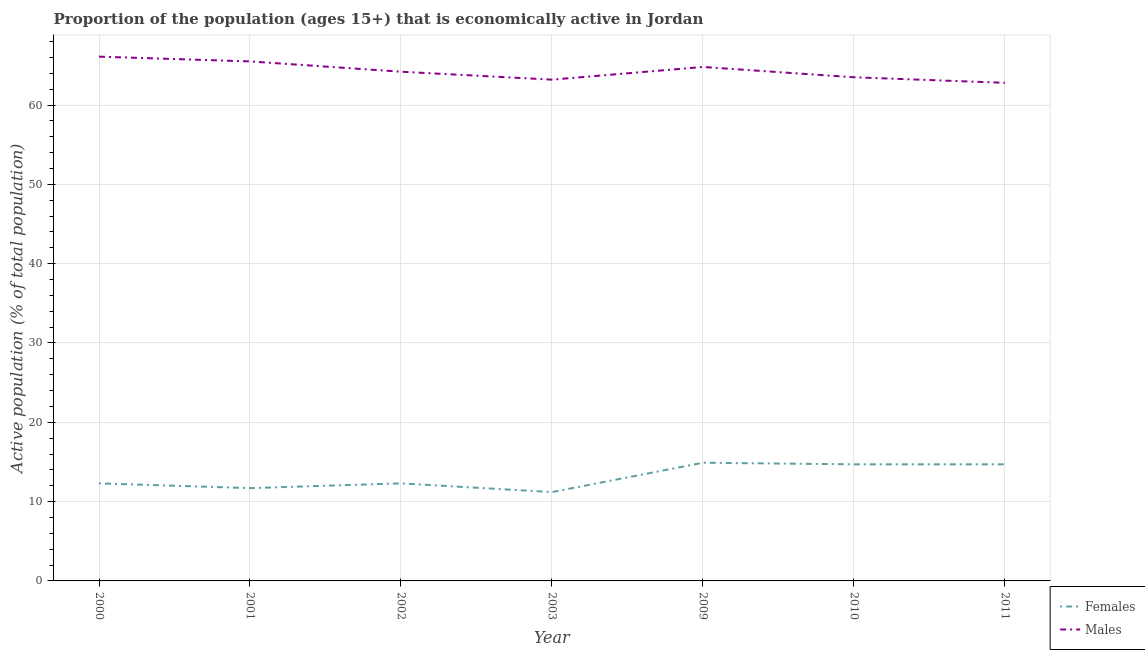
| Year | Females | Males |
 | --- | --- | --- |
 | 2000 | 12.3 | 66.1 |
 | 2001 | 11.7 | 65.5 |
 | 2002 | 12.3 | 64.2 |
 | 2003 | 11.2 | 63.2 |
 | 2009 | 14.9 | 64.8 |
 | 2010 | 14.7 | 63.5 |
 | 2011 | 14.7 | 62.8 |